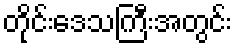
တိုင်းဒေသကြီးအတွင်း